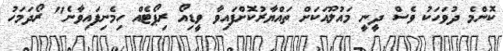
ކޮންމެ ދުވަހަކު ވެސް ދީނީ މައުލޫއަކަށް ތައްޔާރުކޮށްފައިވާ ވީޑިއޯ ރިޕޯޓެއް ހިމެނިފައިވާނެ" ރޯދަމަހު